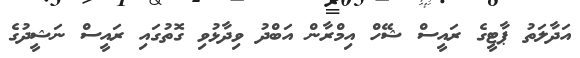
އަދާލަތު ޕާޓީގެ ރައީސް ޝޭހް އިމްރާން އަބްދު ވިދާޅުވި ގޮތުގައި ރައީސް ނަޝީދުގެ